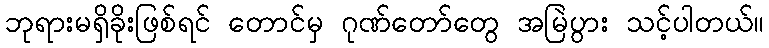
ဘုရားမရှိခိုးဖြစ်ရင် တောင်မှ ဂုဏ်တော်တွေ အမြဲပွား သင့်ပါတယ်။